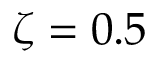
\zeta = 0 . 5